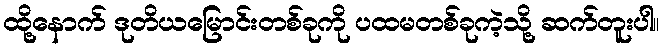
ထို့နောက် ဒုတိယမြောင်းတစ်ခုကို ပထမတစ်ခုကဲ့သို့ ဆက်တူးပါ။